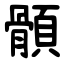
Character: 顝